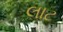
લાટ